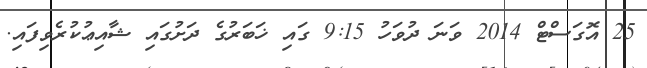
25 އޮގަސްޓް 2014 ވަނަ ދުވަހު 9:15 ގައި ޚަބަރުގެ ދަށުގައި ޝާއިޢުކުރެވިފައި.